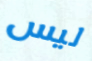
ليس